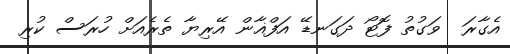
އެގާރަ  ވަގުތު ފޮޓޯ ދަގަނޑޭ އަފްޣާން އޭރިޔާ ތެރެއަށް ހުރަސް ކުރި